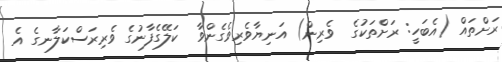
ރަށްތައް (އެބަހީ: ރަށްތަކުގެ  ވެރިން) އަނިޔާވެރިވެގެންވާ  ކަލޭގެފާނުގެ ވެރިރަސްކަލާނގެ އެ